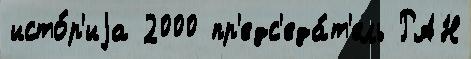
исто́р'иjа 2000 пр'едс'еда́т'ель РАН